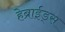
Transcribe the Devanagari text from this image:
हेब्राईड्स